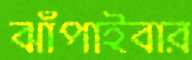
ঝাঁপাইবার